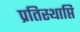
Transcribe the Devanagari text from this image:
प्रतिस्थाप्ति